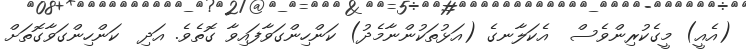
(އެއީ) މީގެކުރިންވެސް  އެކަލާނގެ (އަޅުތަކުންނާމެދު) ކަންހިންގަވާފައިވާ ގޮތެވެ. އަދި  ކަންހިންގަވާގޮތަށް